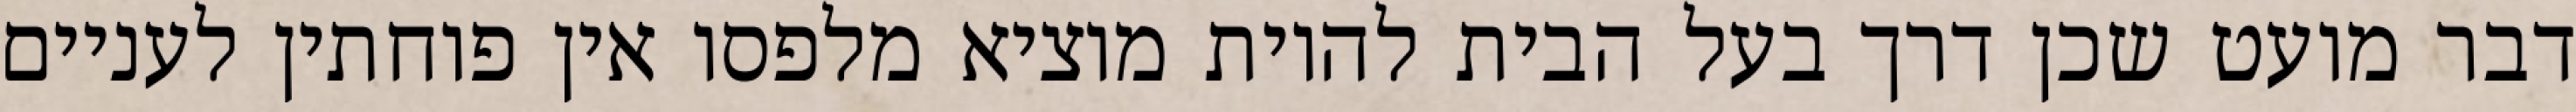
דבר מועט שכן דרך בעל הבית להיות מוציא מלפסו אין פוחתין לעניים